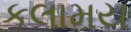
કલામય